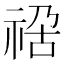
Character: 𥚁